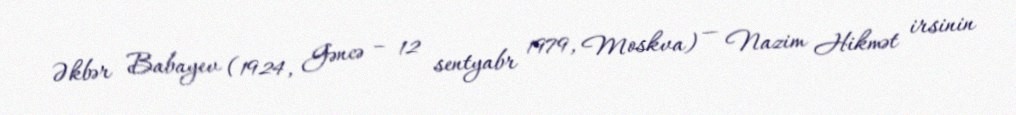
Əkbər Babayev (1924, Gəncə – 12 sentyabr 1979, Moskva) — Nazim Hikmət irsinin